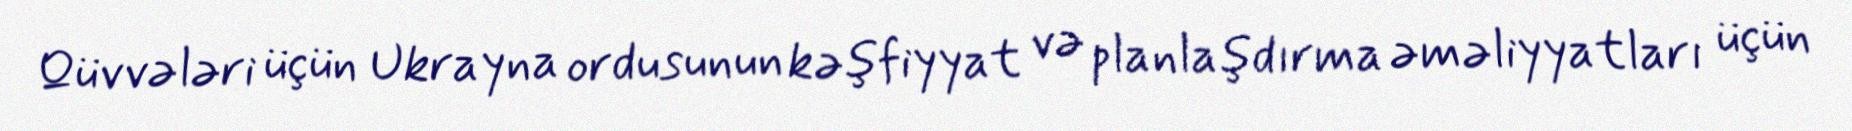
Qüvvələri üçün Ukrayna ordusunun kəşfiyyat və planlaşdırma əməliyyatları üçün